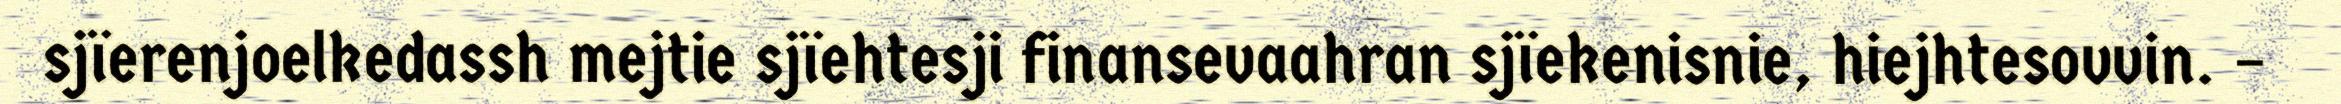
sjïerenjoelkedassh mejtie sjïehtesji finansevaahran sjïekenisnie, hiejhtesovvin. –